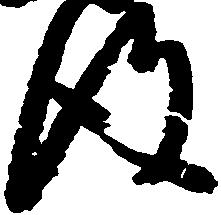
得